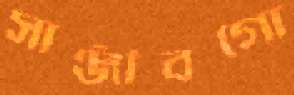
সাঞ্জীবগো